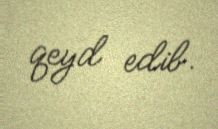
qeyd edib.